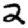
Digit: 2